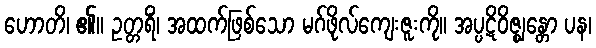
ဟောတိ၊ ၏။ ဥတ္တရိံ၊ အထက်ဖြစ်သော မဂ်ဖိုလ်ကျေးဇူးကို။ အပ္ပဋိဝိဇ္ဈန္တော ပန၊